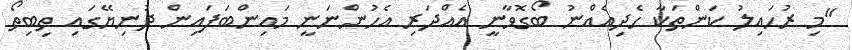
"މި ރުހައިލު ކަންތަކާ ހެދިއެއްނު ބޯގޮވާނީ އެއްދަރި އެހުންނަނީ މައިންބަފައިން ދުނިޔޭގައި ތިބިތޯ